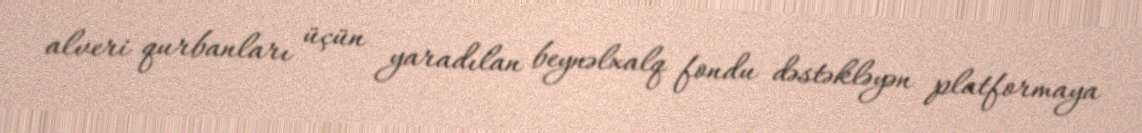
alveri qurbanları üçün yaradılan beynəlxalq fondu dəstəkləyən platformaya